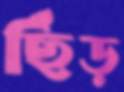
ছিঁড়